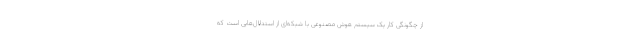
از چگونگی کار یک سیستم هوش مصنوعی با شبکه‌ای از استدلال‌هایی است که